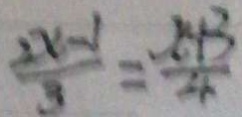
\frac { 2 x - 1 } { 3 } = \frac { x + 3 } { 4 }